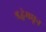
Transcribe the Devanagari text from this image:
श्रद्धेमधून